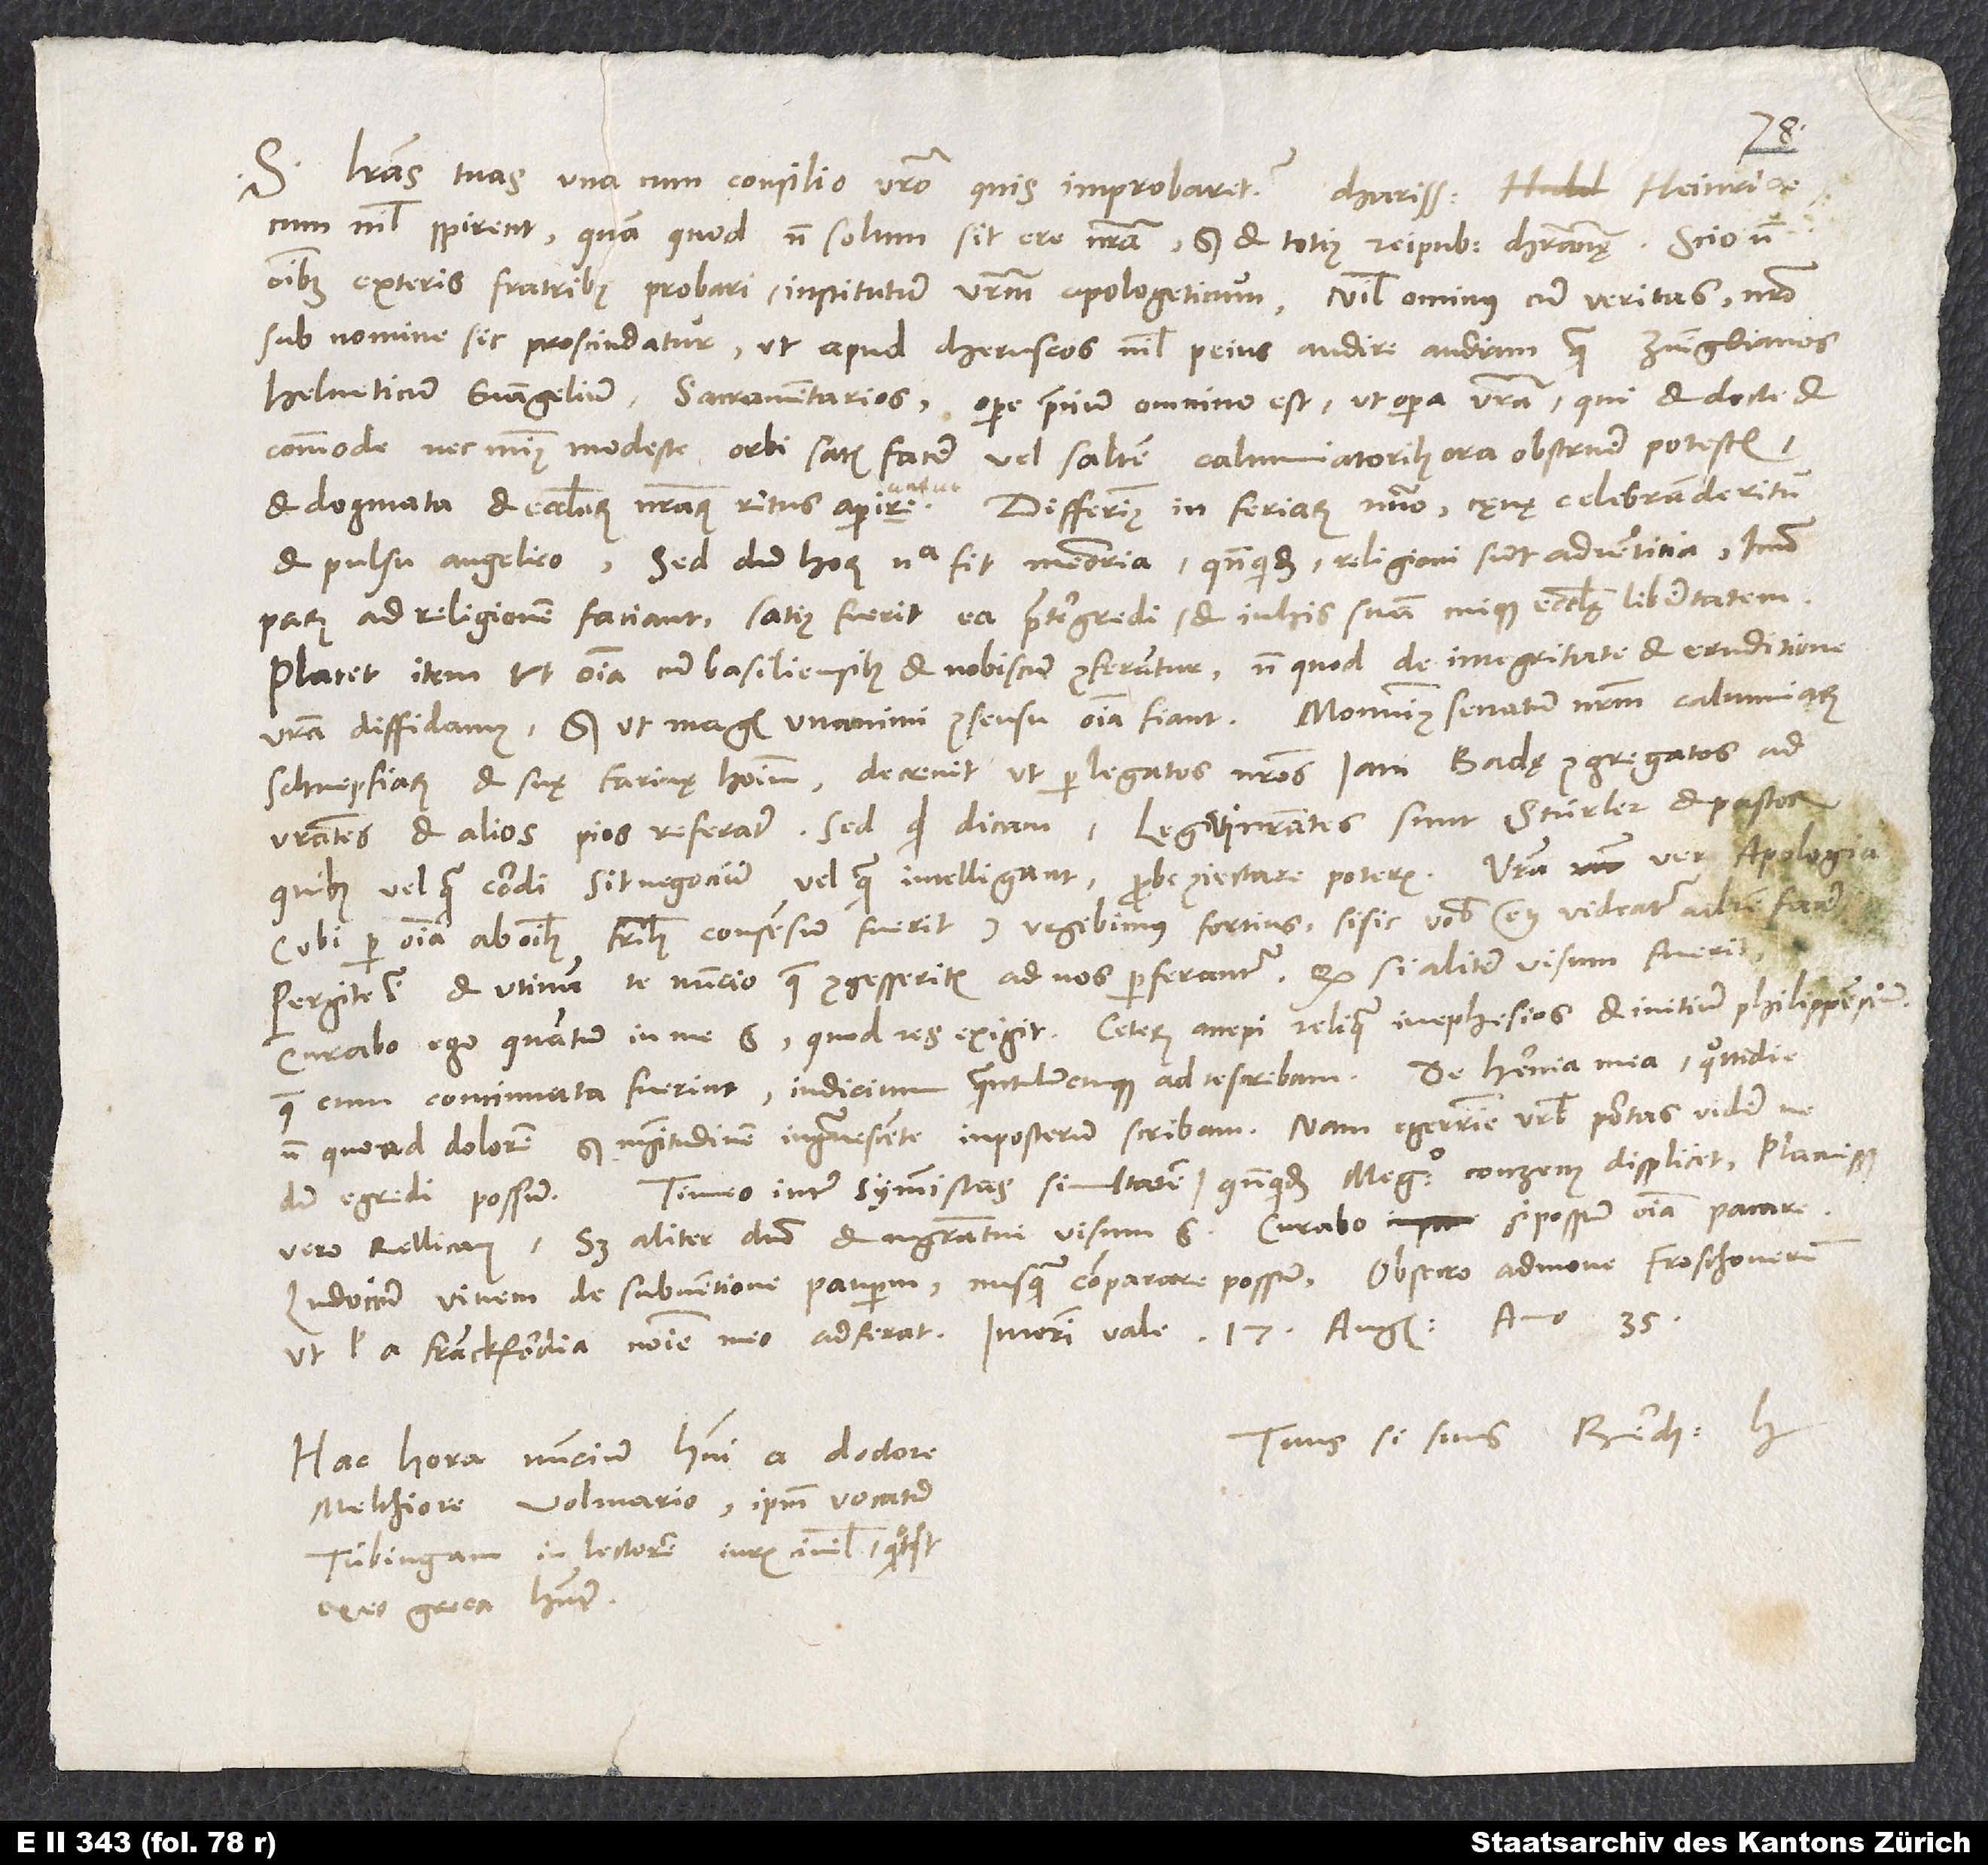
35.
S. Literas tuas una cum consilio vestro quis improbaret, charissime Heinrice,
cum nihil spirent, quam quod non solum sit e re nostra, sed et totius reipublicae christianae! Scio enim
omnibus exteris fratribus probari institutum vestrum apologeticum. Nihilominus, cum veritas nostro
sub nomine sic proscindatur, ut apud Cheruscos nihil peius audire audiam quam Zvinglianos,
Helveticum evangelium, sacramentarios, opere precium omnino est, ut opera vestra, qui et docte et
commode nec minus modeste orbi satis facere vel saltem calumniatoribus ora obstruere potestis
et dogmata et ecclesiarum nostrarum ritus aperire -: Differimus in feriarum numero, caenae celebrande ritu
et pulsu angelico, sed dum horum nulla fit memoria, quandoquidem religioni sunt adventitia, immo
parum ad religionem faciant, satius fuerit ea praetergredi et in his suam cuique ecclesię libertatem.
Placet item, ut omnia cum Basiliensibus et nobiscum conferantur, non quod de integritate et eruditione
Schnepfiarum et suę farinae hominum. Decrevit, ut per legatos nostros iam Badę congregatos ad
vestrates et alios pios referatur. Sed quid dicam? Legati nostrates sunt Stürler et Pastor,
quibus vel quam cordi sit negocium vel quam intelligant, probe coniectare poteris. Vestra ver apologia
(ubi per omnia ab omnibus fratribus consensum fuerit) urgebimus fortius, si sic vobis etiam videatur ad rem facere.
Pergite igitur, et utinam te nuncio, quae congesseritis, ad nos perferantur. Quodsi aliter visum fuerit,
non quoad dolorem, sed magnitudinem ingravescente in posterum scribam. Nam egerrime urbis portas videre
Timeo inter symmistas simultatem, quandoquidem Megandro Conzenus displicet, placuisset
vero Rellicanus, sed aliter domino et magistratui visum est. Curabo, si possum, omnia pacare.
Ludvicum Vivem De subventione pauperum nusquam comparare possum. Obsecro admone Froschouerum,
Tuus, si suus, Berch. H.
Hac hora nuncium habui a doctore
Melchiore Volmario ipsum vocatum
Tübingam in lectorem iuris civilis, quotquot
ex eo greca habentur.